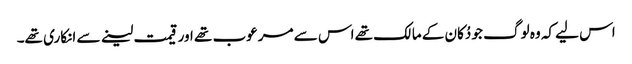
اس لیے کہ وہ لوگ جو دُکان کے مالک تھے اس سے مرعوب تھے اور قیمت لینے سے انکاری تھے۔